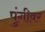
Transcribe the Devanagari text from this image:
पुंगीवर